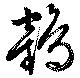
鶴